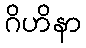
ဂိဟိနာ